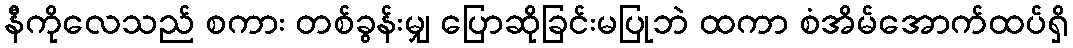
နီကိုလေသည် စကား တစ်ခွန်းမျှ ပြောဆိုခြင်းမပြုဘဲ ထကာ စံအိမ်အောက်ထပ်ရှိ